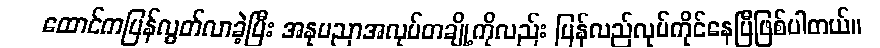
ထောင်ကပြန်လွတ်လာခဲ့ပြီး အနုပညာအလုပ်တချို့ကိုလည်း ပြန်လည်လုပ်ကိုင်နေပြီဖြစ်ပါတယ်။